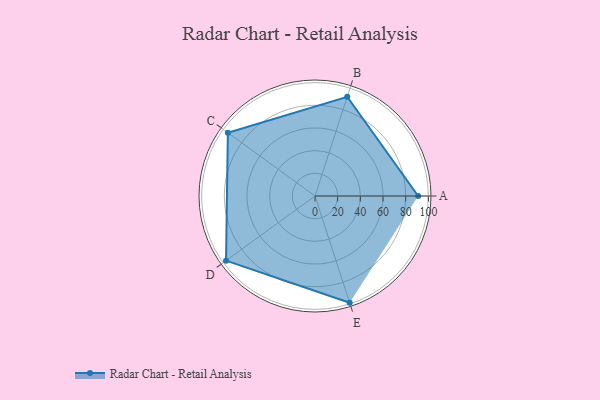
{"axis": {"x": "Skill", "y": "Score"}, "legend": ["Profile"], "data": [{"x": "A", "y": 91.0, "type": "Profile"}, {"x": "B", "y": 92.0, "type": "Profile"}, {"x": "C", "y": 95.0, "type": "Profile"}, {"x": "D", "y": 97.0, "type": "Profile"}, {"x": "E", "y": 99.0, "type": "Profile"}]}